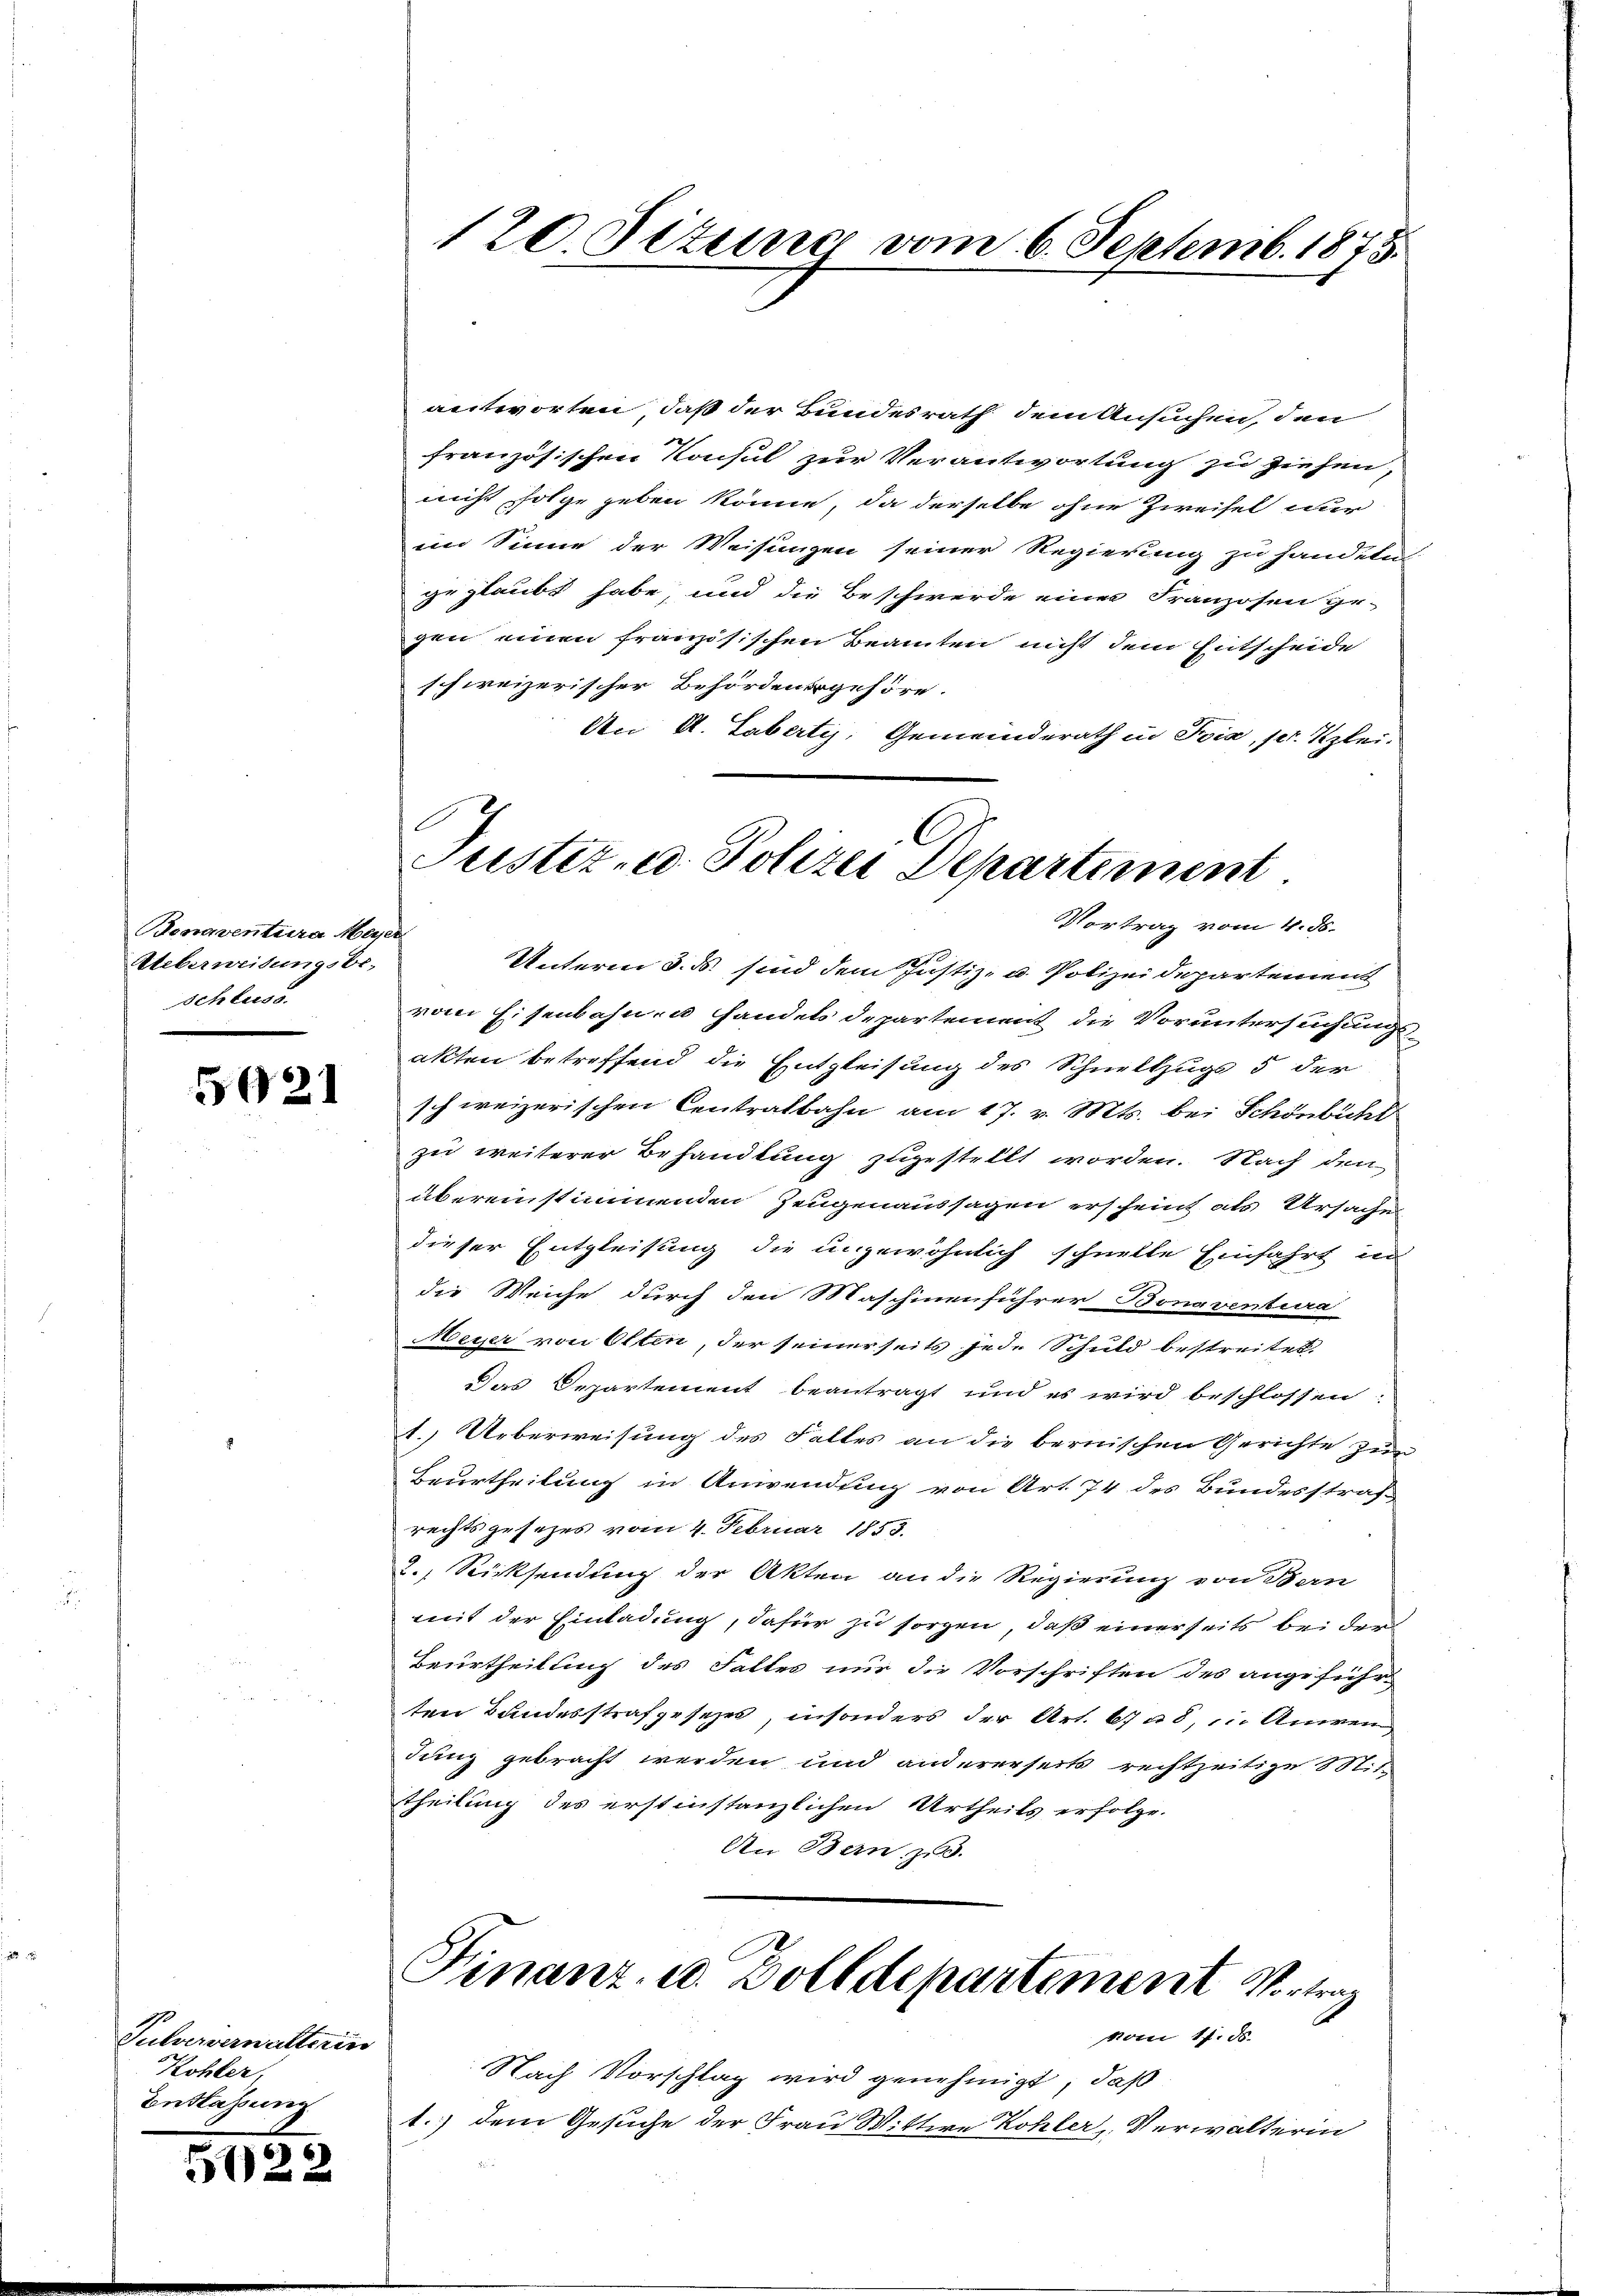
Bonaventura Meyer
Ueberweisungsbe-
Schluss.

5921

Pulververwalterin
Kohler,
Entlassung

5022

antworten, daß der Bundesrath dem Ansuchen, den
französischen Konsul zur Verantwortung zu ziehen,
nicht folge geben könne, da derselbe ohne Zweifel nur
im Sinne der Weisungen seiner Regierung zu handern
geglaubt habe, und die Beschwerde einer Franzosen ge-
gen einen französischen Beamten nicht dem Entscheide
schweizerischer Behördenergehöre.
An A. Labertis, Gemeinderath in Pois, pr. Klei¬
Unterm 3. d. sind dem Justiz- u. Polizeidepartement
vom Eisenbahn- u Handels departement die Voruntersuchungsakten betreffend die Entgleisung des Schnellzugs 5 der
schweizerischen Centralbahn am 17. v. Mts. bei Schönbühl
zu weiterer Behandlung zugestellt worden. Nach den
übereinstimmenden Zeugenaussagen erscheint als Ursaches
dieser Entgleisung die ungewöhnlich schnelle Einfahrt in
die Weiche durch den Maschinenführer Bonaventur
Meyer von Otten, der seinerseits jede Schuld bestreitet.
Das Departement beantragt und es wird beschlossen:
1.) Ueberweisung des Falles an die bernischen Gerichte zur
Beurtheilung in Anwendung von Art. 74 des Bundesstraf-
rechtsgesetzes vom 4. Februar 1853.
2.) Rücksendung der Akten an die Regierung von Bern
mit der Einladung, dafür zu sorgen, daß einerseits bei dem
Beurtheilung des Falles nur die Vorschriften des angeführ-
ten Bandesstrafgesezes, insonders der Art. 678, in Anwendung gebracht werden und andererseits rechtzeitige Mitt
theilung des erstinstanzlichen Urtheils erfolge.
An Bau zu.

120 Sizung vom 6. Septemb. 1875.

C
Justiz- u. Polizei Departement
Vortrag vom 4. ds.

Finanz- u. Zolldepartement Vortrag
vom 17. ds.

Nach Vorschlag wird genehmigt, daß
1.) dem Gesuche der Frau Wittwe Kohler, Verwalterin